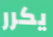
يكرر